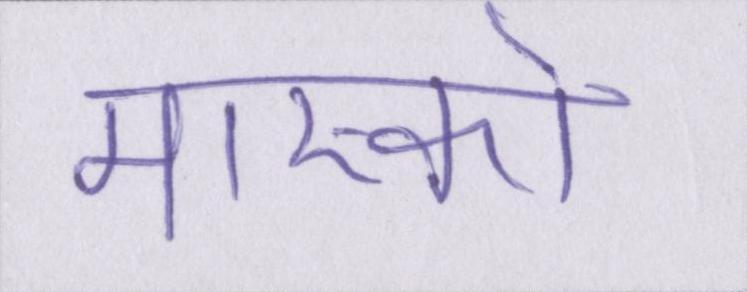
मास्को